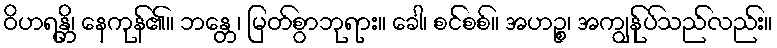
ဝိဟရန္တိ၊ နေကုန်၏။ ဘန္တေ၊ မြတ်စွာဘုရား။ ခေါ၊ စင်စစ်။ အဟဉ္စ၊ အကျွန်ုပ်သည်လည်း။